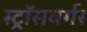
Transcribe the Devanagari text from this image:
स्ट्रॉसवर्गर